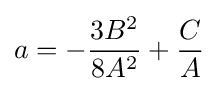
a=-{3B^{2} \over 8A^{2}}+{C \over A}